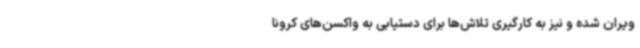
ویران شده و نیز به کارگیری تلاش‌ها برای دستیابی به واکسن‌های کرونا